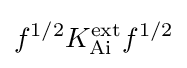
f^{1/2}K_{\operatorname {Ai} }^{\operatorname {ext} }f^{1/2}